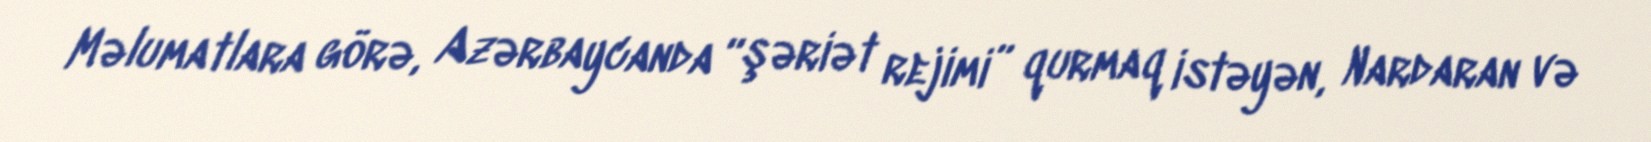
Məlumatlara görə, Azərbaycanda “şəriət rejimi” qurmaq istəyən, Nardaran və